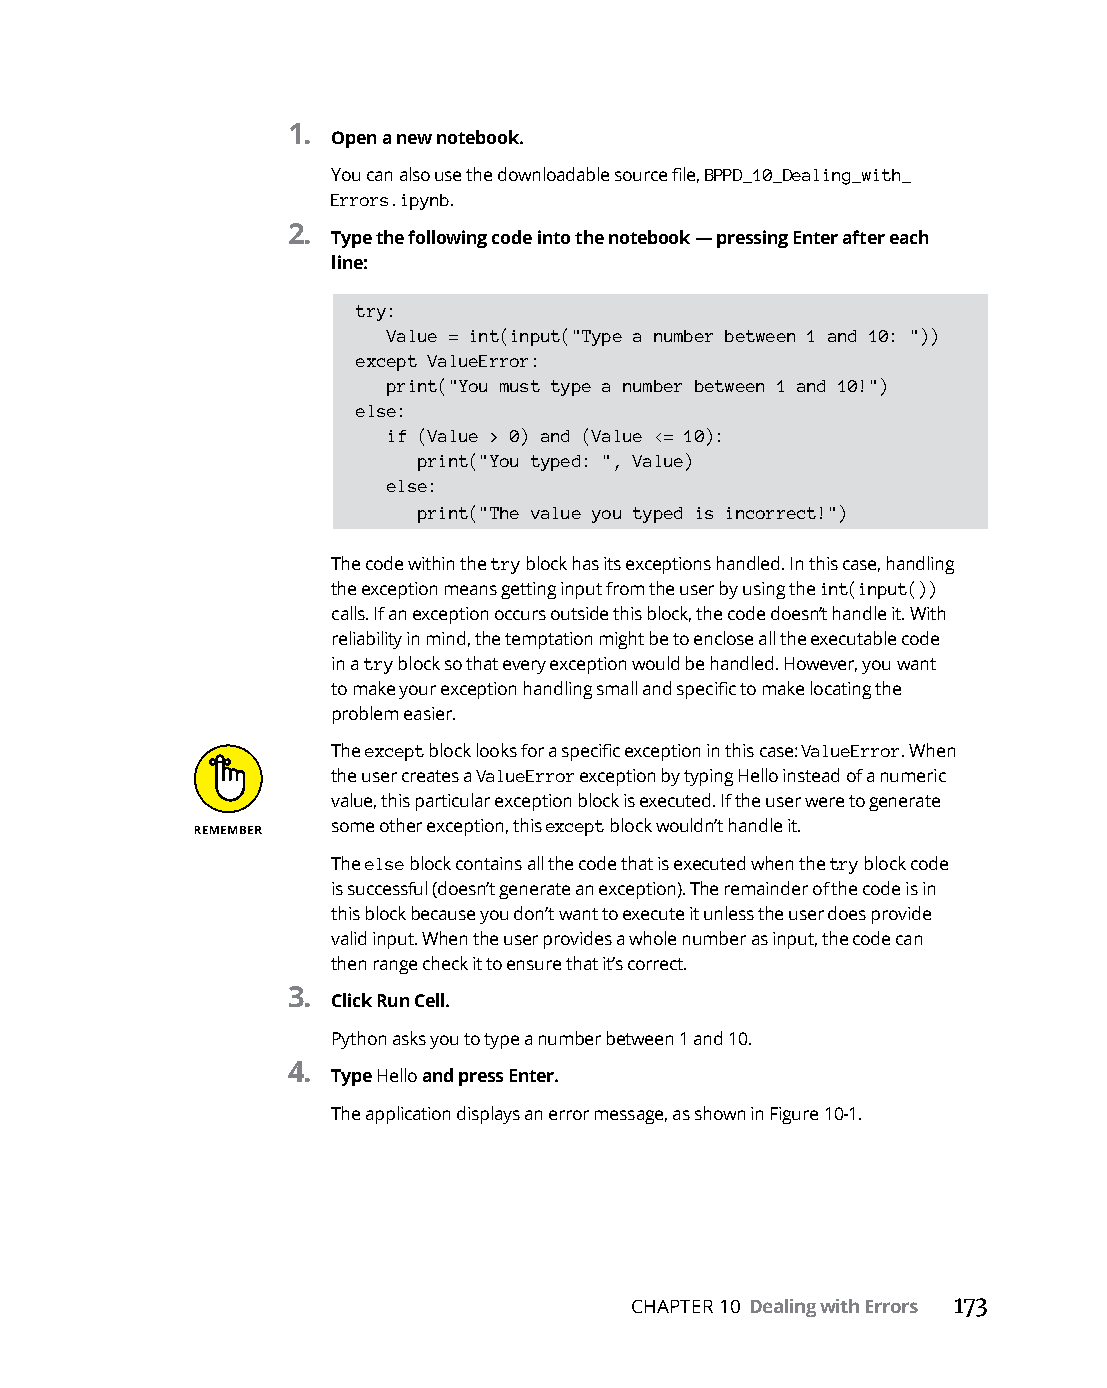
1.
 Open a new notebook.
 You can also use the downloadable source file, BPPD_10_Dealing_with_
 Errors.ipynb.
 2.
 Type the following code into the notebook — pressing Enter after each
 line:
 try:
 Value = int(input("Type a number between 1 and 10: "))
 except ValueError:
 print("You must type a number between 1 and 10!")
 else:
 if (Value > 0) and (Value <= 10):
 print("You typed: ", Value)
 else:
 print("The value you typed is incorrect!")
 The code within the try block has its exceptions handled. In this case, handling
 the exception means getting input from the user by using the int(input())
 calls. If an exception occurs outside this block, the code doesn’t handle it. With
 reliability in mind, the temptation might be to enclose all the executable code
 in a try block so that every exception would be handled. However, you want
 to make your exception handling small and specific to make locating the
 problem easier.
 The except block looks for a specific exception in this case: ValueError. When
 the user creates a ValueError exception by typing Hello instead of a numeric
 value, this particular exception block is executed. If the user were to generate
 some other exception, this except block wouldn’t handle it.
 The else block contains all the code that is executed when the try block code
 is successful (doesn’t generate an exception). The remainder of the code is in
 this block because you don’t want to execute it unless the user does provide
 valid input. When the user provides a whole number as input, the code can
 then range check it to ensure that it’s correct.
 3.
 Click Run Cell.
 Python asks you to type a number between 1 and 10.
 4.
 Type Hello and press Enter.
 The application displays an error message, as shown in Figure 10-1.
 CHAPTER 10 Dealing with Errors 173